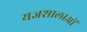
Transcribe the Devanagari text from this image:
यज्ञशालाओं